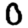
Digit: 0